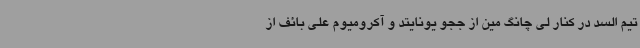
تیم السد در کنار لی چانگ مین از ججو یونایتد و آکرومیوم علی بائف از